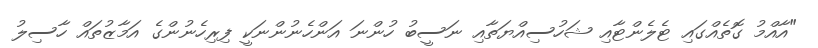
"އާއްމު ގޮތެއްގައި ޓެލެންޓާއި ޝަހުސިއްޔަތާއި ނަސީބު ހުންނަ އަންހެނުންނަކީ ފިރިހެނުންގެ އަމާޒުތައް ހާސިލު